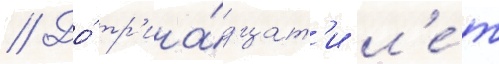
// До́ тр'ина́дцат'и л'е́т